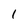
Character: 1